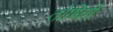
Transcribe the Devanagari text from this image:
तोषिती